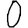
Digit: 0